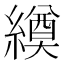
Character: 𦅆